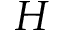
H